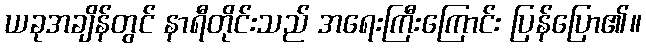
ယခုအချိန်တွင် နာရီတိုင်းသည် အရေးကြီးကြောင်း ပြန်ပြော၏။